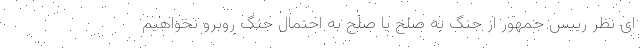
ای نظر رییس جمهور از جنگ به صلح یا صلح به احتمال جنگ روبرو نخواهیم